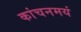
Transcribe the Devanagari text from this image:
कांचनमयं